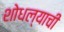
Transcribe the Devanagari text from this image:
शोधल्याची